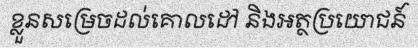
ខ្លួនសម្រេចដល់គោលដៅ និងអត្ថប្រយោជន៍